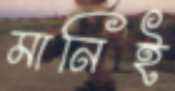
মানিই